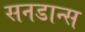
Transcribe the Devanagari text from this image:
सनडान्स